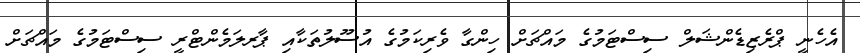
އެހެނީ ޕްރެޒިޑެންޝަލް ސިސްޓަމުގެ މައްޗަށް ހިންގާ ވެރިކަމުގެ އުސޫލުތަކާއި ޕާރލަމެންޓްރީ ސިސްޓަމުގެ މައްޗަށް